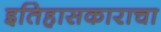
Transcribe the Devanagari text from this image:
इतिहासकाराचा